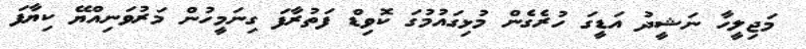
މަޖިލީހާ ނަޝީދު އަޑީގަ ހުރެގެން މުޅިގައުމުގަ ކޮވިޑް ފަތުރާފަ ގިނަމީހުން މަރުވަނިއްޔޭ ކިޔާފަ